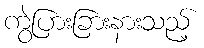
ကွဲပြားခြားနားသည့်